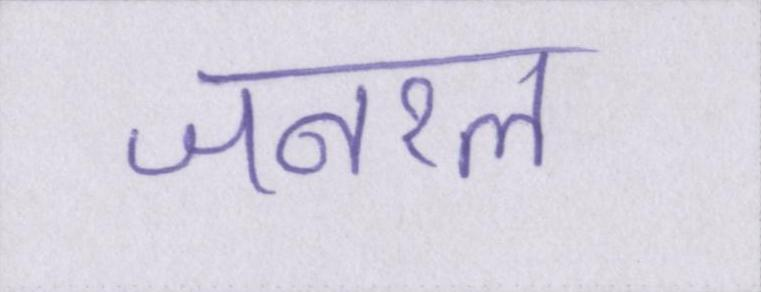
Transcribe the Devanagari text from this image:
जनरल